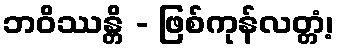
ဘဝိဿန္တိ - ဖြစ်ကုန်လတ္တံ့၊